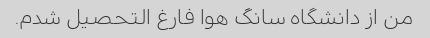
من از دانشگاه سانگ هوا فارغ التحصیل شدم.